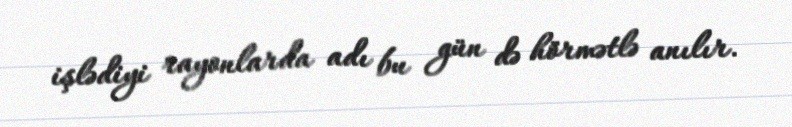
işlədiyi rayonlarda adı bu gün də hörmətlə anılır.